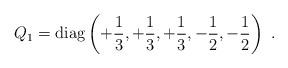
LaTeX: \begin{align*}Q_1 = {\rm diag} \left ( +{1\over 3}, +{1\over 3}, +{1\over 3}, -{1\over 2},-{1\over 2} \right ) \ .\end{align*}